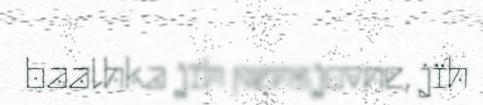
baalhka jïh pensjovne, jïh